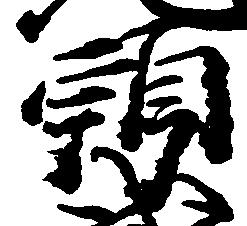
頭